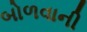
બોળવાની